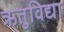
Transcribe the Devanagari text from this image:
ऋतुविद्या